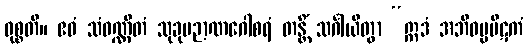
ဝုစ္စတိ။ ဧဝံ သံဝဏ္ဏိတံ သုခုမဉာဏဂေါစရံ တန္တိံ သင်္ဂါယိတွာ “ဣဒံ အဘိဓမ္မပိဋကံ